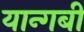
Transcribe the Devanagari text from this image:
यान्गबी